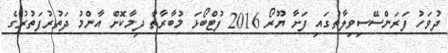
ދުވަހު ފަރަންސޭސިވިލާތުގައި ފަށާ ޔޫރޯ 2016 ފުޓްބޯޅަ މުބާރާތާ ދިމާކޮށް އާންމު ދަތުރުފަތުރުގެ